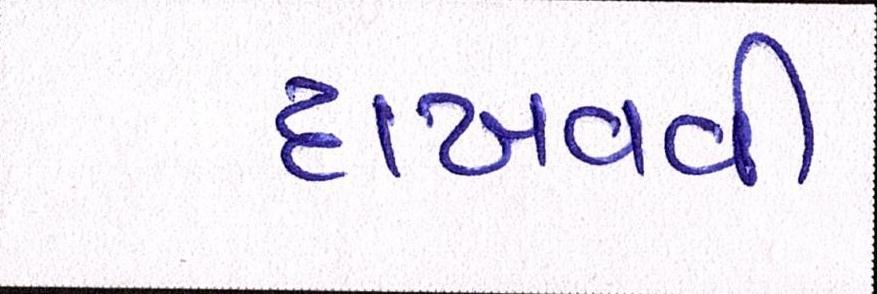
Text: દાખવવી